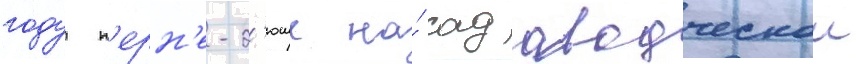
году п'ерн'е-д'юше на́ садоводческои